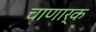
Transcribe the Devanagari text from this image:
चाणार्क